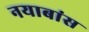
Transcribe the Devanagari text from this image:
नयाबांस